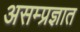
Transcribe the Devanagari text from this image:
असम्प्रज्ञात